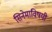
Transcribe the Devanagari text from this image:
सिनेमाविषयी